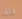
ذلك